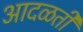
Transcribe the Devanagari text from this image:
आदळती